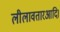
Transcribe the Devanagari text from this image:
लीलावतारआदि।